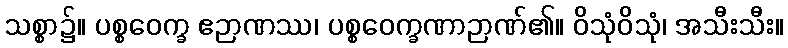
သစ္စာ၌။ ပစ္စဝေက္ခ ဧဉာဏဿ၊ ပစ္စဝေက္ခဏာဉာဏ်၏။ ဝိသုံဝိသုံ၊ အသီးသီး။